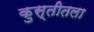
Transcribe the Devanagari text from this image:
कुस्तीतला